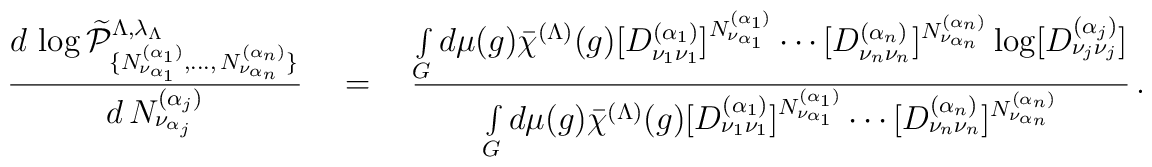
\frac{d\,\log \widetilde\mathcal{P}^{\Lambda,\lambda_{\Lambda}}_{\{N^{(\alpha_1)}_{\nu_{\alpha_1}},\dots,\,N^{(\alpha_n)}_{\nu_{\alpha_n}}\}}}{d\,N^{(\alpha_j)}_{\nu_{\alpha_j}}}\quad =\quad\frac{\int\limits_G d\mu(g)\bar\chi^{(\Lambda)}(g)[D^{(\alpha_1)}_{\nu_1\nu_1}]^{N^{(\alpha_1)}_{\nu_{\alpha_1}}}\cdots[D^{(\alpha_n)}_{\nu_n\nu_n}]^{N^{(\alpha_n)}_{\nu_{\alpha_n}}}\log[D^{(\alpha_j)}_{\nu_j\nu_j}]}{\int\limits_Gd\mu(g)\bar\chi^{(\Lambda)}(g)[D^{(\alpha_1)}_{\nu_1\nu_1}]^{N^{(\alpha_1)}_{\nu_{\alpha_1}}}\cdots[D^{(\alpha_n)}_{\nu_n\nu_n}]^{N^{(\alpha_n)}_{\nu_{\alpha_n}}}}\,.